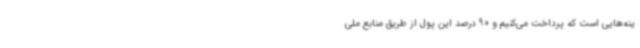
ینه‌هایی است که پرداخت می‌کنیم و 90 درصد این پول از طریق منابع ملی